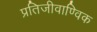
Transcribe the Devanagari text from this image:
प्रतिजीवाण्विक